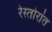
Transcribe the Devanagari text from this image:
रेस्तोरांत